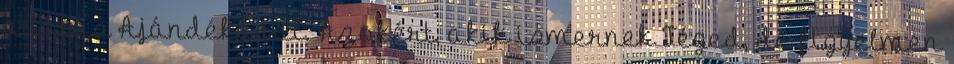
a látás Ajándékával. Azokért, akik ismernek Téged, de figyelmen